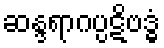
ဆန္ဒရာဂပ္ပဋိဗဒ္ဓံ